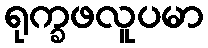
ရုက္ခဖလူပမာ